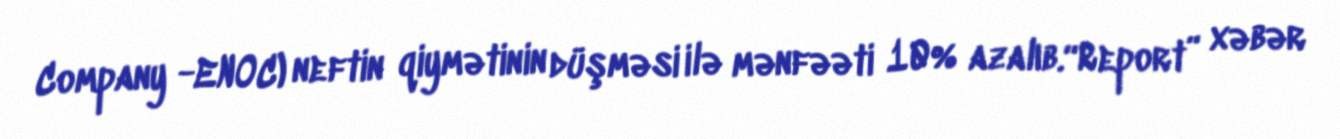
Company -ENOC) neftin qiymətinin düşməsi ilə mənfəəti 10% azalıb.“Report” xəbər